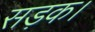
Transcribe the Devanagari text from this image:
सड़क।